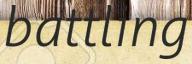
battling